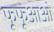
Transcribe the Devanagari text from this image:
फूफूआओ